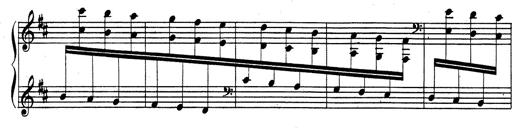
Title: Rhapsodie espagnole
Composer: Franz Liszt